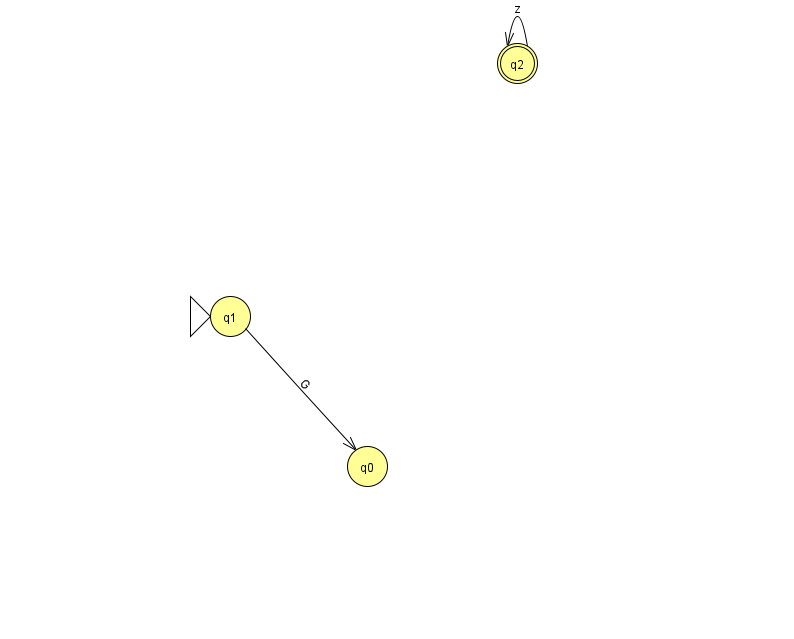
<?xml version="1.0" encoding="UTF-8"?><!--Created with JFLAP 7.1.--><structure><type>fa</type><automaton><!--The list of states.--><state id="0" name="q0"><x>367.0</x><y>453.0</y></state><state id="1" name="q1"><x>230.0</x><y>303.0</y><initial/></state><state id="2" name="q2"><x>517.0</x><y>50.0</y><final/></state><!--The list of transitions.--><transition><from>1</from><to>0</to><read>G</read></transition><transition><from>2</from><to>2</to><read>z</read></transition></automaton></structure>